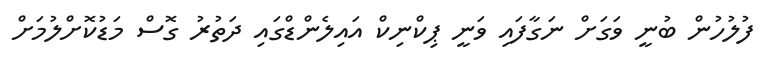
ފުލުހުން ބުނީ ވަގަށް ނަގާފައި ވަނީ ޕިކްނިކް އައިލެންޑްގައި ދަތުރު ގޮސް މަޑުކޮށްލުމަށް